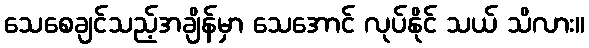
သေစေချင်သည့်အချိန်မှာ သေအောင် လုပ်နိုင် သယ် သိလား။